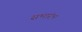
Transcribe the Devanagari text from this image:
सभारंभ